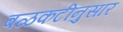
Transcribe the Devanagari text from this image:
बळकटीनुसार